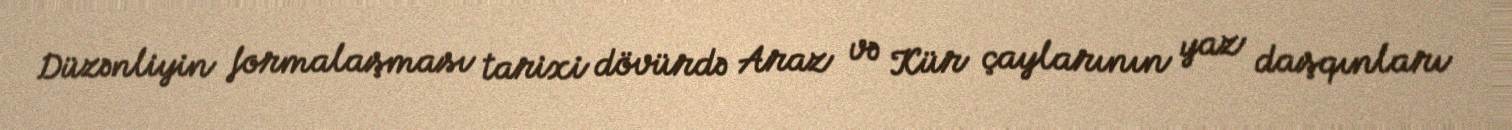
Düzənliyin formalaşması tarixi dövürdə Araz və Kür çaylarının yaz daşqınları